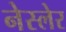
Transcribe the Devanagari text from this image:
नेस्लेर